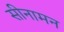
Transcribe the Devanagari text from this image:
सीनामन